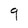
Character: 9